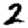
Digit: 2